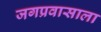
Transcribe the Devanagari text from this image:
जगप्रवासाला